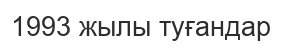
1993 жылы туғандар